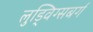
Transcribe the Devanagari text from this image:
लुड्विग्सबर्ग